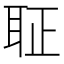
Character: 聇